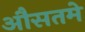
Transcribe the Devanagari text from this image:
औसतमे